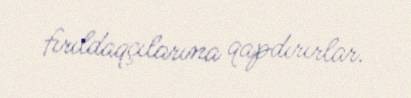
fırıldaqçılarına qapdırırlar.